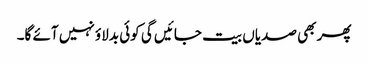
پھر بھی صدیاں بیت جائیں گی کوئی بدلاؤ نہیں آئے گا۔